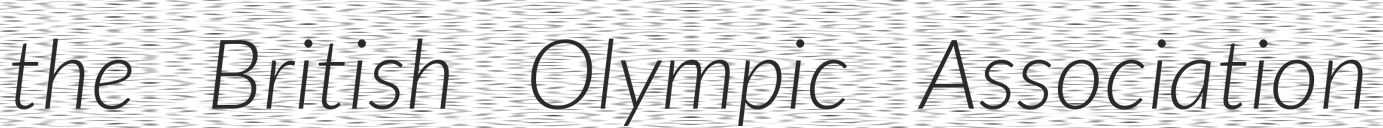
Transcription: the British Olympic Association